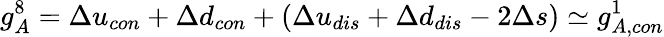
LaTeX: g_{A}^{8}=\Delta u_{con}+\Delta d_{con}+(\Delta u_{dis}+\Delta d_{dis}-2\Delta s)\simeq g_{A,con}^{1}